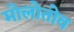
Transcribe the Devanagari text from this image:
मोलोतोव